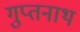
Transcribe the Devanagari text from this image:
गुप्तनाथ